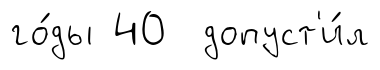
го́ды 40 допуст'и́л